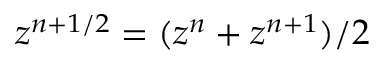
z ^ { n + 1 / 2 } = ( z ^ { n } + z ^ { n + 1 } ) / 2